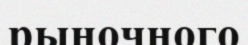
рыночного